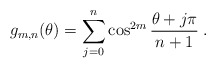
\begin{align*} g_{m,n}(\theta)=\sum_{j=0}^n \cos^{2m}{\theta+j\pi \over n+1}\;.\end{align*}